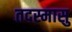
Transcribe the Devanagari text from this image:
तदस्मासु